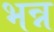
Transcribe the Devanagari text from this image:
भन्न